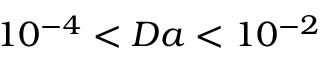
1 0 ^ { - 4 } < D a < 1 0 ^ { - 2 }